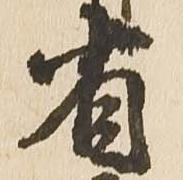
省